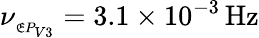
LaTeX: \nu_{_{\mathfrak{E}P_{V3}}}=3.1\times10^{-3}\, \mathrm{{{Hz}}}